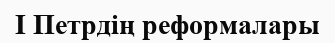
I Петрдiң реформалары